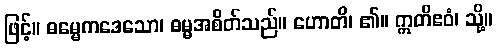
ဖြင့်။ ဓမ္မေကဒေသော၊ ဓမ္မအစိတ်သည်။ ဟောတိ၊ ၏။ ဣတိဧဝံ၊ သို့။